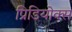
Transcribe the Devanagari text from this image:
प्रिडियोक्स